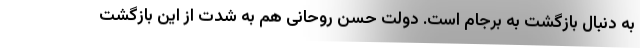
به دنبال بازگشت به برجام است. دولت حسن روحانی هم به شدت از این بازگشت